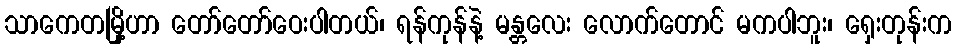
သာကေတမြို့ဟာ တော်တော်ဝေးပါတယ်၊ ရန်ကုန်နဲ့ မန္တလေး လောက်တောင် မကပါဘူး၊ ရှေးတုန်းက